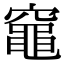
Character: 𥨫